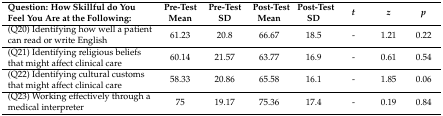
<table><thead><tr><td><b>Question: How Skillful do You Feel You Are at the Following:</b></td><td><b>Pre-Test Mean</b></td><td><b>Pre-Test SD</b></td><td><b>Post-Test Mean</b></td><td><b>Post-Test SD</b></td><td><b><i>t</i></b></td><td><b><i>z</i></b></td><td><b><i>p</i></b></td></tr></thead><tbody><tr><td>(Q20) Identifying how well a patient can read or write English</td><td>61.23</td><td>20.8</td><td>66.67</td><td>18.5</td><td>-</td><td>1.21</td><td>0.22</td></tr><tr><td>(Q21) Identifying religious beliefs that might affect clinical care</td><td>60.14</td><td>21.57</td><td>63.77</td><td>16.9</td><td>-</td><td>0.61</td><td>0.54</td></tr><tr><td>(Q22) Identifying cultural customs that might affect clinical care </td><td>58.33</td><td>20.86</td><td>65.58</td><td>16.1</td><td>-</td><td>1.85</td><td>0.06</td></tr><tr><td>(Q23) Working effectively through a medical interpreter</td><td>75</td><td>19.17</td><td>75.36</td><td>17.4</td><td>-</td><td>0.19</td><td>0.84</td></tr></tbody></table>